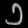
Digit: ၁